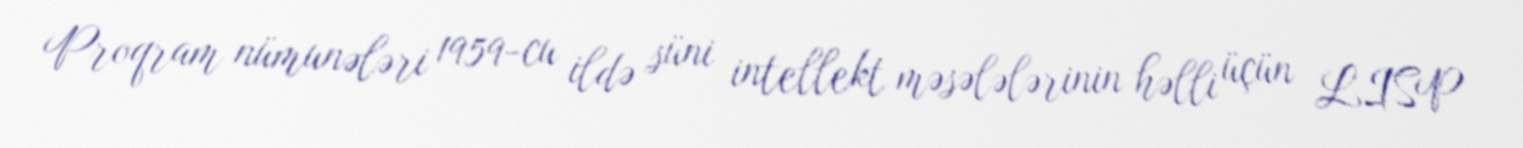
Proqram nümunələri 1959-cu ildə süni intellekt məsələlərinin həlli üçün LISP